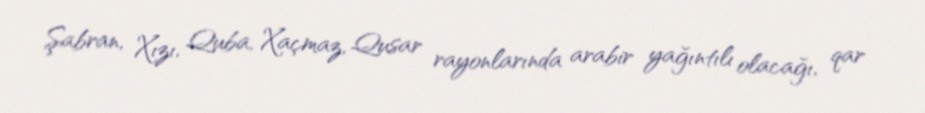
Şabran, Xızı, Quba, Xaçmaz, Qusar rayonlarında arabir yağıntılı olacağı, qar